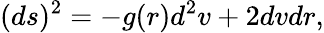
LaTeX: (ds)^{2}=-g(r)d^{2}v+2dvdr,